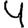
Digit: 4